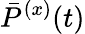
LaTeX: \bar{P}^{(x)}(t)